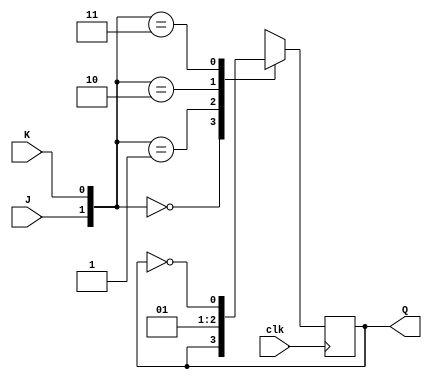
`timescale 1ns / 1ps
//////////////////////////////////////////////////////////////////////////////////
// Company: 
// Engineer: 
// 
// Design Name: 
// Module Name: JKFF
// Project Name: 
// Target Devices: 
// Tool Versions: 
// Description: 
// 
// Dependencies: 
// 
// Revision:
// Revision 0.01 - File Created
// Additional Comments:
// 
//////////////////////////////////////////////////////////////////////////////////


module JKFF(clk, J, K, Q);

input clk, J, K;
output reg Q;

always @(posedge clk)
begin
    case({J, K})
        2'b00: Q <= Q;
        2'b01: Q <= 0;
        2'b10: Q <= 1;
        2'b11: Q <= ~Q;
        default: Q <= 1'bx;
    endcase
end

endmodule